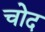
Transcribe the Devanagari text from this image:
चोद